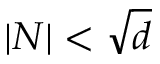
\left\vert N \right\vert < { \sqrt { d } }